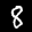
Label: 8